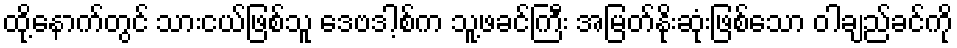
ထို့နောက်တွင် သားငယ်ဖြစ်သူ ဒေဗဒါ့စ်က သူ့ဖခင်ကြီး အမြတ်နိုးဆုံးဖြစ်သော ဝါချည်ခင်ကို